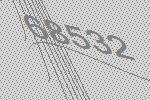
68532